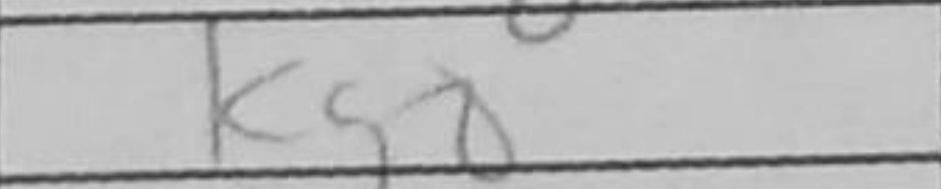
Transcription: Kg8